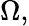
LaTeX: \Omega,